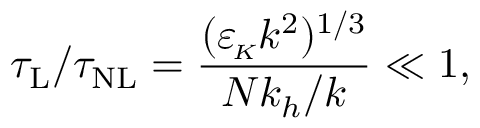
\tau _ { \mathrm { L } } / \tau _ { \mathrm { N L } } = \frac { ( { \varepsilon _ { \! \scriptscriptstyle K } } k ^ { 2 } ) ^ { 1 / 3 } } { N k _ { h } / k } \ll 1 ,